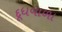
દૂધવાળા